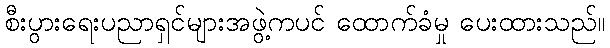
စီးပွားရေးပညာရှင်များအဖွဲ့ကပင် ထောက်ခံမှု ပေးထားသည်။